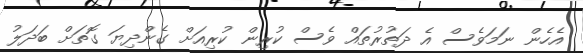
އެހެން ނަމަވެސް އެ ދަތުރުތައް ވެސް ކުރިން ކުރިއަށް ގެންދިޔަ ގޮތަށް ބަދަލު